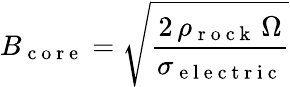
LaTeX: B_{\mathrm{~c~o~r~e~}}=\sqrt{\frac{2\, \rho_{\mathrm{~r~o~c~k~}}\, \Omega}{\sigma_{\mathrm{~e~l~e~c~t~r~i~c~}}}}